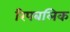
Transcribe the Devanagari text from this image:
रिपबलिक